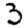
Digit: 3